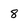
Character: 8